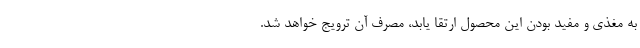
به مغذی و مفید بودن این محصول ارتقا یابد، مصرف آن ترویج خواهد شد.